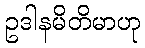
ဥဒါနမိတိမာဟု